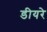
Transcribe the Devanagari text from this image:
डीयरे